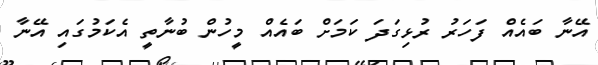
އޭނާ ބައެއް ފަހަރު ރުޅިގަދަ ކަމަށް ބައެއް މީހުން ބުނާތީ އެކަމުގައި އޭނާ